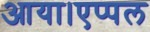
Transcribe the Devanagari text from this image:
आया।एप्पल